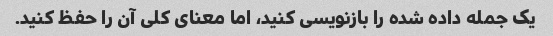
یک جمله داده شده را بازنویسی کنید، اما معنای کلی آن را حفظ کنید.